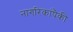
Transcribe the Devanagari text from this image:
नागरिकांपैकी